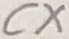
Text: CX